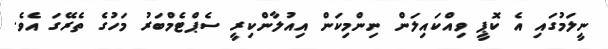
ނީލަމުގައި އެ ކޮޕީ ވިއްކައިލަން ނިންމިކަން އިއުލާންކިރީ ސެޕްޓެމްބަރު މަހުގެ ތެރޭގަ އެވެ.